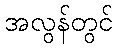
အလွန်တွင်